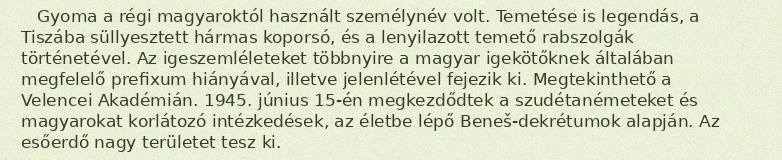
Gyoma a régi magyaroktól használt személynév volt. Temetése is legendás, a Tiszába süllyesztett hármas koporsó, és a lenyilazott temető rabszolgák történetével. Az igeszemléleteket többnyire a magyar igekötőknek általában megfelelő prefixum hiányával, illetve jelenlétével fejezik ki. Megtekinthető a Velencei Akadémián. 1945. június 15-én megkezdődtek a szudétanémeteket és magyarokat korlátozó intézkedések, az életbe lépő Beneš-dekrétumok alapján. Az esőerdő nagy területet tesz ki.